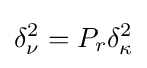
\delta _{\nu }^{2}=P_{r}\delta _{\kappa }^{2}